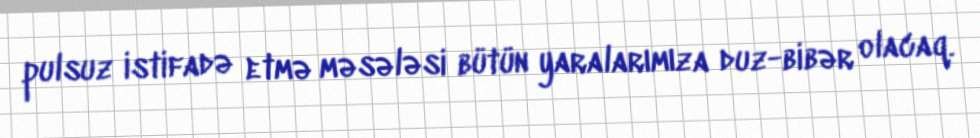
pulsuz istifadə etmə məsələsi bütün yaralarımıza duz-bibər olacaq.